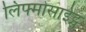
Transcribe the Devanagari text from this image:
लिफ्मोसाईट्स